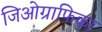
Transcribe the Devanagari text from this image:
जिओग्राफिका